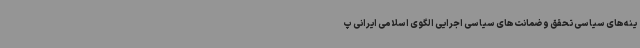
ینه‌های سیاسی تحقق و ضمانت‌های سیاسی اجرایی الگوی اسلامی ایرانی پ